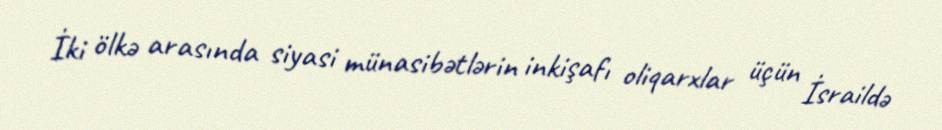
İki ölkə arasında siyasi münasibətlərin inkişafı oliqarxlar üçün İsraildə